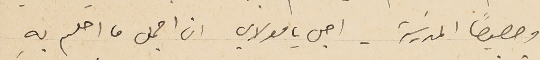
وحصيصاً المدرسَة- اجل يا مولاي ان اجمل ما احلم بهِ